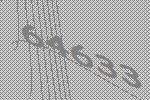
64633